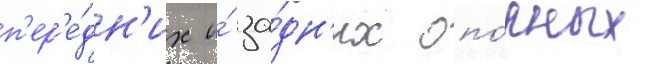
п'ер'е́дн'их и́ за́дн'их опо́рных